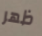
ظهر